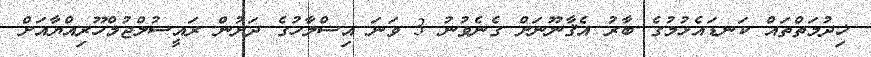
ޚިދުމަތްތައް ކަނޑައެޅުމުގެ ބާރު އެޤާނޫނަށް ގެނެވުނު 3 ވަނަ އިސްލާހުގެ ދަށުން ރައީސުލްޖުމްހޫރިއްޔާއަށް